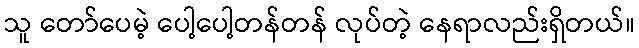
သူ တော်ပေမဲ့ ပေါ့ပေါ့တန်တန် လုပ်တဲ့ နေရာလည်းရှိတယ်။